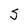
Character: S